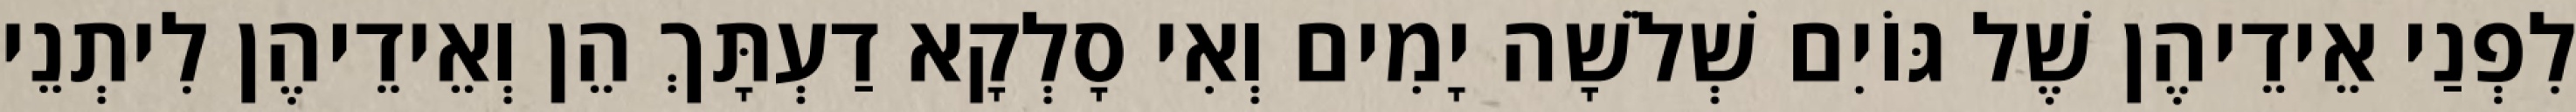
לִפְנַי אֵידֵיהֶן שֶׁל גּוֹיִם שְׁלֹשָׁה יָמִים וְאִי סָלְקָא דַעְתָּךְ הֵן וְאֵידֵיהֶן לִיתְנֵי